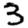
Digit: 3